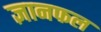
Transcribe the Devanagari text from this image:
ज्ञानफल